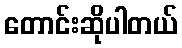
တောင်းဆိုပါတယ်